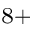
^ { 8 + }